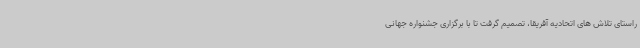
راستای تلاش های اتحادیه آفریقا، تصمیم گرفت تا با برگزاری جشنواره جهانی